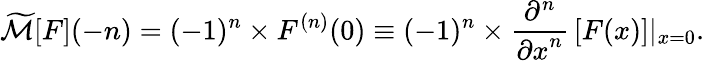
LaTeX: {\widetilde{\mathcal{M}}}[F](-n)=(-1)^{n}\times F^{(n)}(0)\equiv(-1)^{n}\times{\frac{\partial^{n}}{{\partial x}^{n}}}\left[F(x)\right]|_{x=0}.